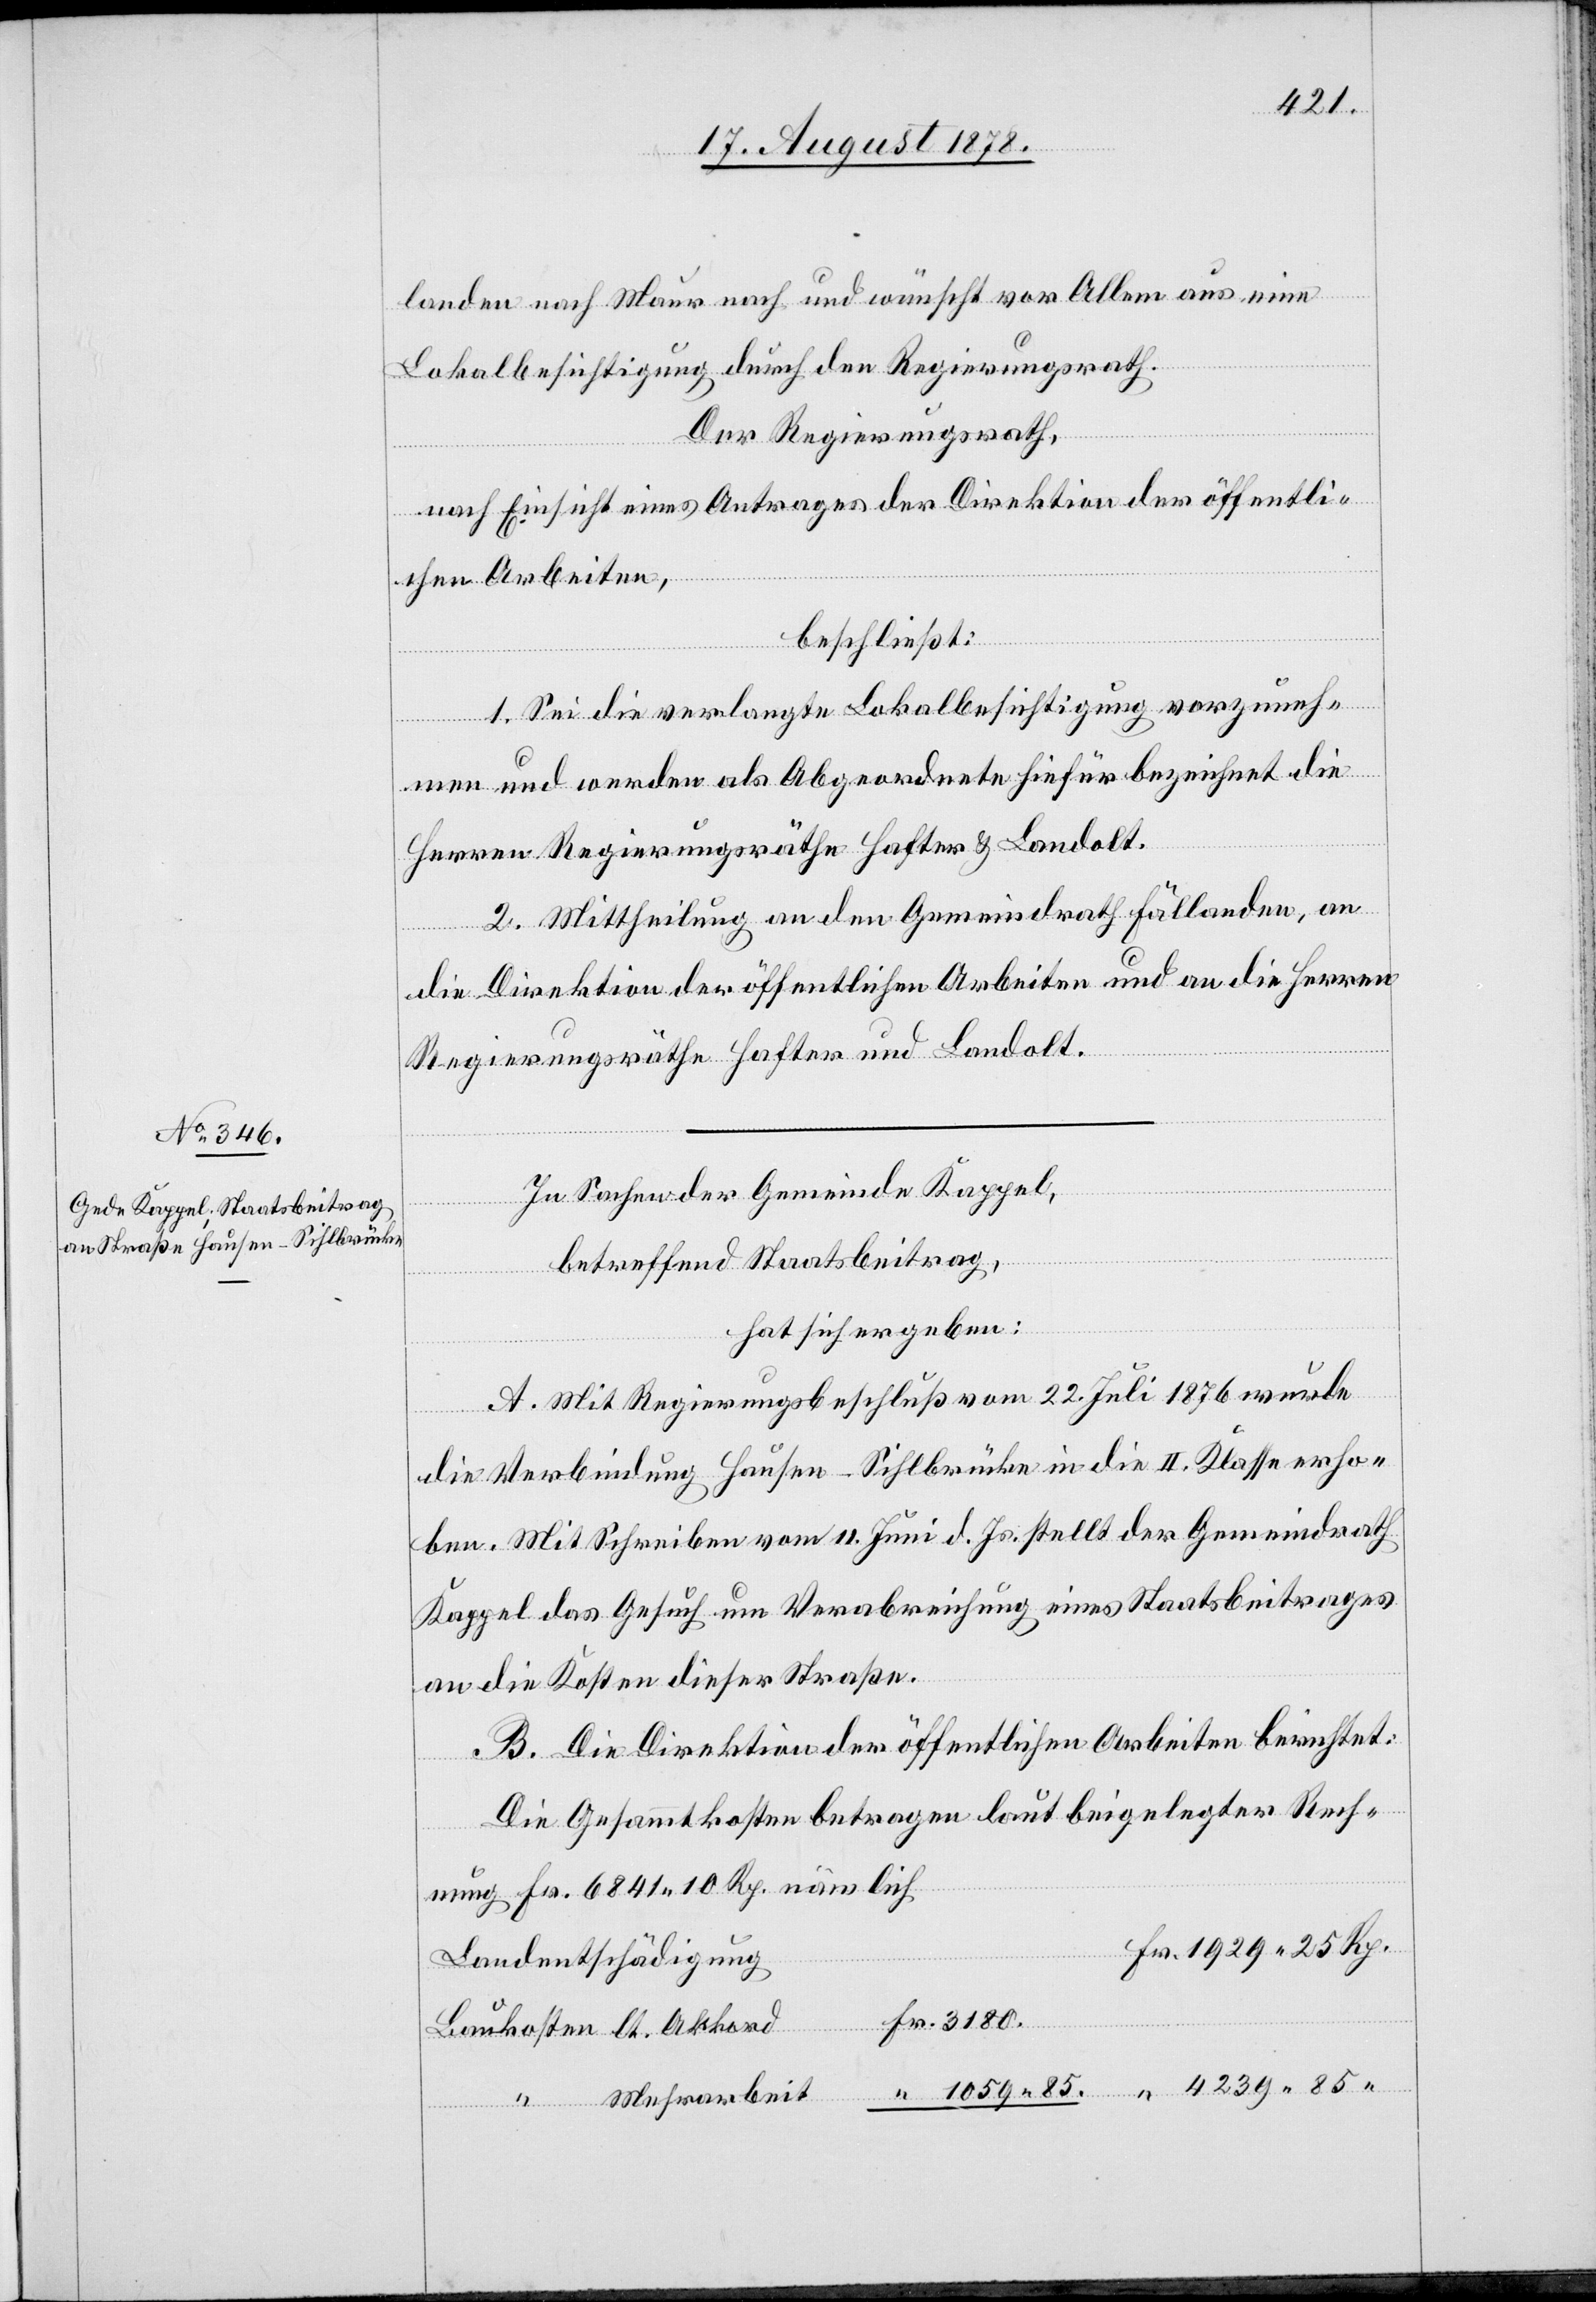
landen nach Maur nach und wünscht vor Allem aus eine
Lokalbesichtigung durch den Regierungsrath.
Der Regierungsrath,
nach Einsicht eines Antrages der Direktion der öffentli¬
chen Arbeiten,
beschließt:
1. Sei die verlangte Lokalbesichtigung vorzuneh¬
men und werden als Abgeordnete hiefür bezeichnet die
Herren Regierungsräthe Hafter & Landolt.
2. Mittheilung an den Gemeindrath Fällanden, an
die Direktion der öffentlichen Arbeiten und an die Herren
Regierungsräthe Hafter und Landolt.
In Sachen der Gemeinde Kappel,
betreffend Staatsbeitrag,
85.
hat sich ergeben:
A. Mit Regierungsbeschluß vom 22. Juli 1876 wurde
die Verbindung Hausen–Sihlbrücke in die II. Klasse erho¬
ben. Mit Schreiben vom 11. Juni d. Js. stellt der Gemeindrath
Kappel das Gesuch um Verabreichung eines Staatsbeitrages
an die Kosten dieser Straße.
B. Die Direktion der öffentlichen Arbeiten berichtet:
Die Gesammtkosten betragen laut beigelegter Rech¬
nung Fr. 6841 10 Rp. nämlich
Landentschädigung
Baukosten lt. Akkord
“ Mehrarbeit